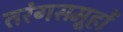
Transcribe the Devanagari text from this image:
तरंगसमूहों